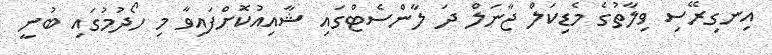
އިނގިރޭސި ވިލާތުގެ މެޑިކަލް ޖާނަލް ދަ ލާންސެޓްގައި ޝާއިއުކޮށްފައިވާ މި ހޯދުމުގައި ބުނީ